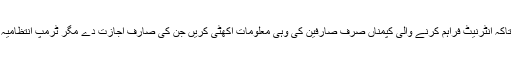
خیال رہے کہ امریکی انٹرنیٹ پرائیویسی کا قانون سابق صدر اوباما کے دور میں بنایا گیا تھا تاکہ انٹرنیٹ فراہم کرنے والی کپمناں صرف صارفین کی وہی معلومات اکھٹی کریں جن کی صارف اجازت دے مگر ٹرمپ انتظامیہ نے اس قانون کو ختم کر دیا ہے جس کے بعد یہ کمپنیانں ڈیٹا جمع کرنے میں آزاد ہو گئی ہیں۔